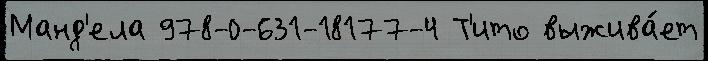
Манд'ела 978-0-631-18177-4 Т'ито выжива́ет